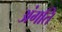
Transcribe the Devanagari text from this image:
अंगति